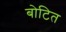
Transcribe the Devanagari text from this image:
बोटित